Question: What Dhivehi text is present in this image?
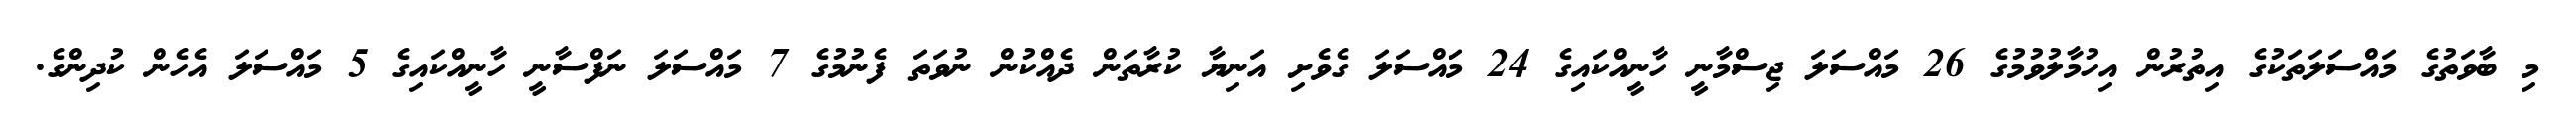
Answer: މި ބާވަތުގެ މައްސަލަތަކުގެ އިތުރުން އިހުމާލުވުމުގެ 26 މައްސަލަ ޖިސްމާނީ ހާނީއްކައިގެ 24 މައްސަލަ ގެވެށި އަނިޔާ ކުރާތަން ދެއްކުން ނުވަތަ ފެނުމުގެ 7 މައްސަލަ ނަފްސާނީ ހާނީއްކައިގެ 5 މައްސަލަ އެހެން ކުދިންގެ.